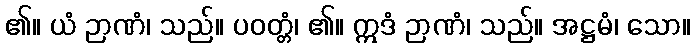
၏။ ယံ ဉာဏံ၊ သည်။ ပဝတ္တံ၊ ၏။ ဣဒံ ဉာဏံ၊ သည်။ အဋ္ဌမံ၊ သော။